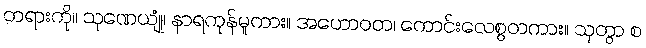
တရားကို။ သုဏေယျုံ၊ နာရကုန်မူကား။ အဟောဝတ၊ ကောင်းလေစွတကား။ သုတွာ စ